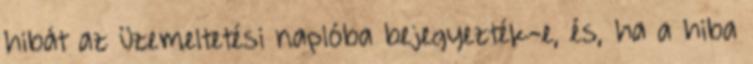
hibát az üzemeltetési naplóba bejegyezték-e, és, ha a hiba